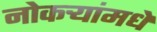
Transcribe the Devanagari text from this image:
नोकर्‍यांमधे